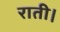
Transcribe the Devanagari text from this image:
राती।